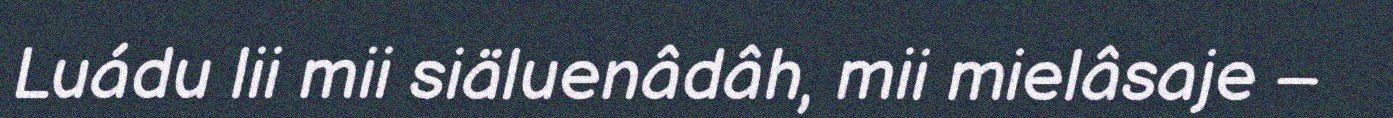
Luádu lii mii siäluenâdâh, mii mielâsaje –